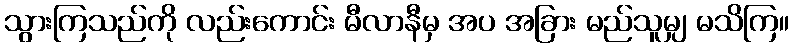
သွားကြသည်ကို လည်းကောင်း မီလာနီမှ အပ အခြား မည်သူမျှ မသိကြ။